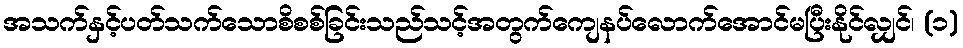
အသက်နှင့်ပတ်သက်သောစိစစ်ခြင်းသည်သင့်အတွက်ကျေနပ်လောက်အောင်မပြီးနိုင်လျှင်၊ (၁)